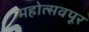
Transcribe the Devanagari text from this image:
महोत्सवपूर